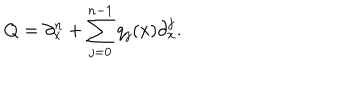
LaTeX: Q = \partial _ { x } ^ { n } + \sum _ { j = 0 } ^ { n - 1 } q _ { j } ( x ) \partial _ { x } ^ { j } .